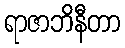
ရာဇာဘိနီတာ